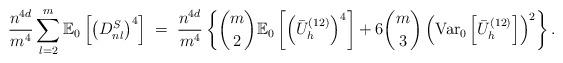
LaTeX: \begin{align*} \frac{n^{4d }}{m^4} \sum_{l = 2}^m\mathbb{E}_0\left[\left(D^S_{nl}\right)^4 \right] \;=\; \frac{n^{4d }}{m^4}\left\{ \binom{m}{2}\mathbb{E}_0\left[\left( \bar{U}^{(12)}_h\right)^4\right] + 6 \binom{m}{3}\left(\mathrm{Var}_0\left[ \bar{U}^{(12)}_h\right]\right)^2 \right\} . \end{align*}